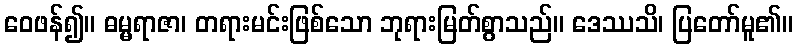
ဝေဖန်၍။ ဓမ္မရာဇာ၊ တရားမင်းဖြစ်သော ဘုရားမြတ်စွာသည်။ ဒေဿသိ၊ ပြတော်မူ၏။